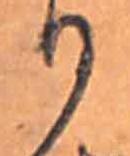
り